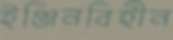
ইঞ্জিনবিহীন